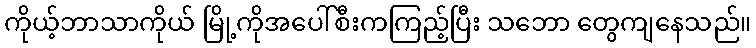
ကိုယ့်ဘာသာကိုယ် မြို့ကိုအပေါ်စီးကကြည့်ပြီး သဘော တွေကျနေသည်။